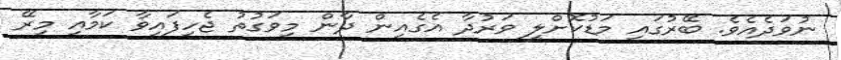
ނުވަދެއެވެ. ބޭރުގައި މަޑުކޮށްލީ ވަރުދާ އެގެއިން ދާން މިވަގުތު ޖެހިފައިވާ ކަމާއި މިރޭ